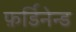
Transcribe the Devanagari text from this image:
फ़र्डिनेन्ड